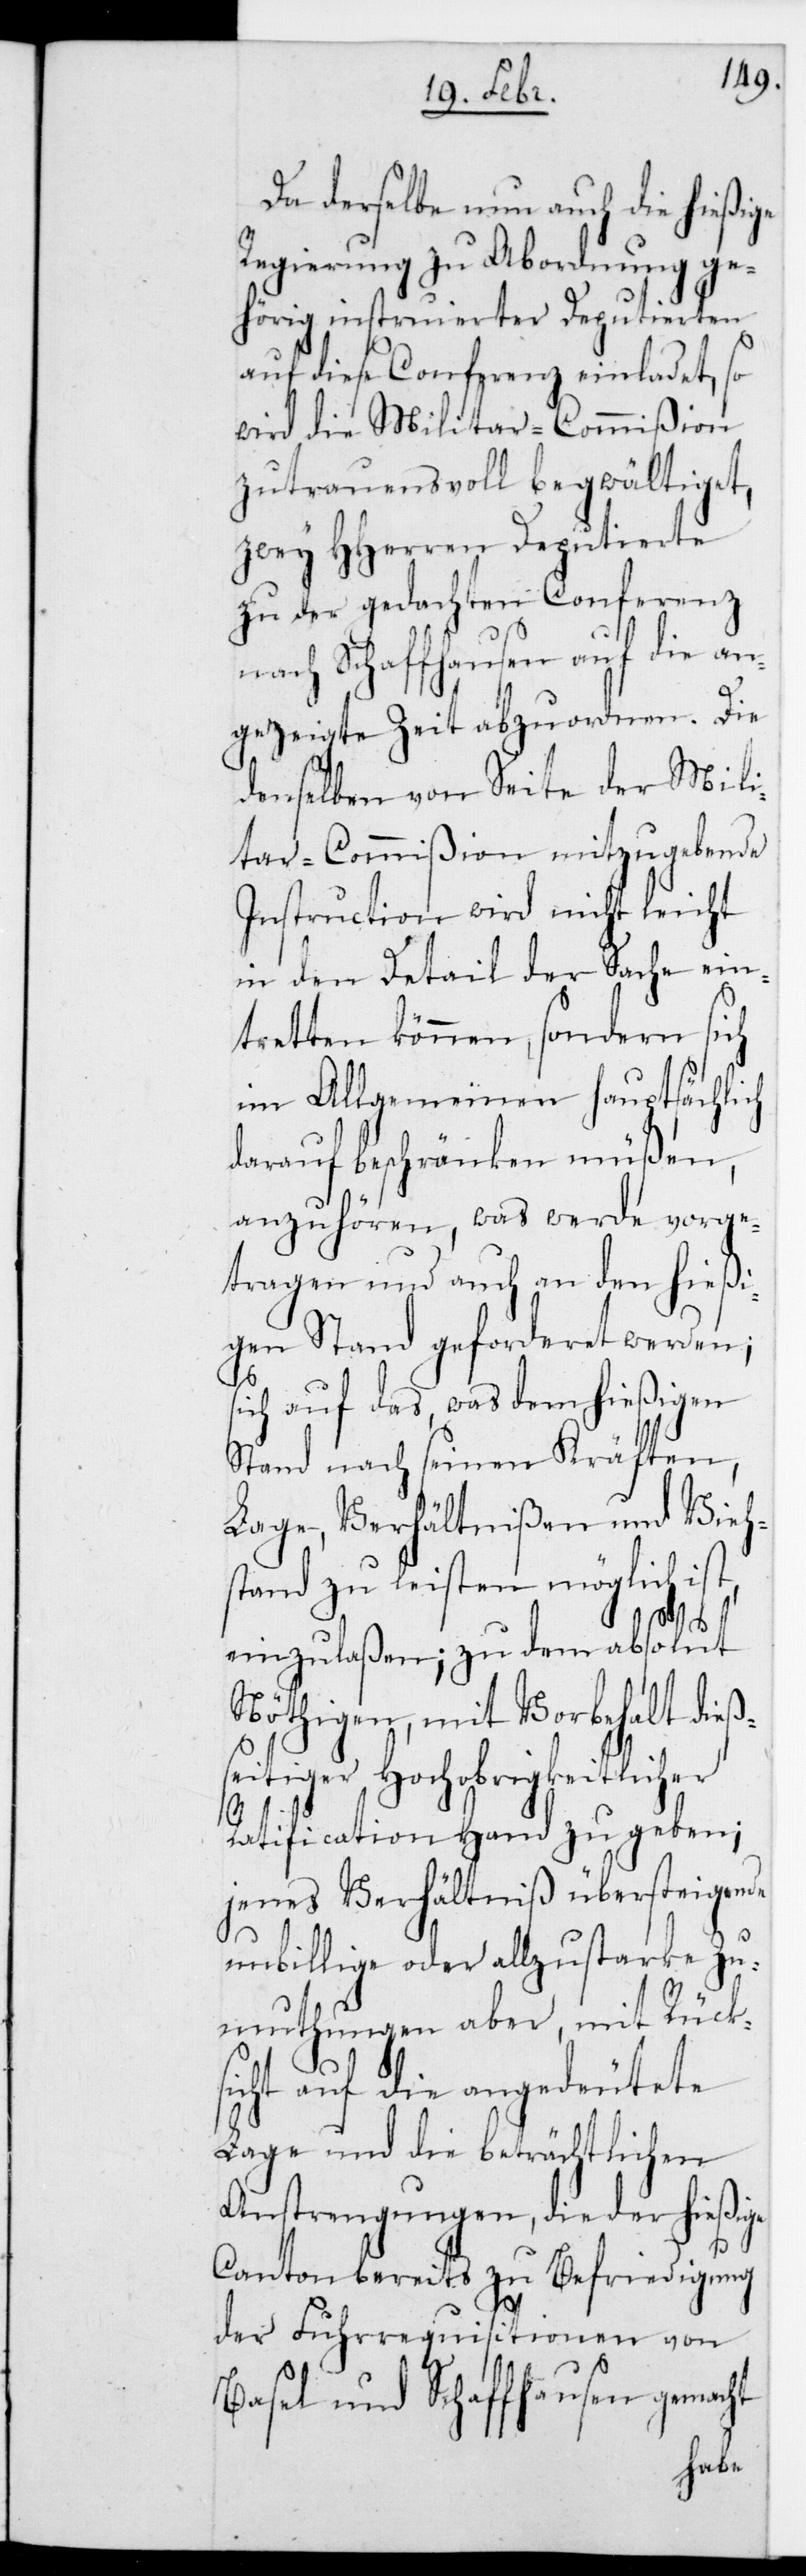
Da derselbe nun auch die hießige
Regierung zu Abordnung ge¬
hörig instruierter Deputierten
auf diese Conferenz einladet, so
wird die Militar-Commißion
zutrauensvoll begwältiget,
zwey HHerren Deputierte
zu der gedachten Conferenz
nach Schaffhausen auf die an¬
gezeigte Zeit abzuordnen. Die
denselben von Seite der Mili¬
tar-Commißion mitzugebende
Instruction wird nicht leicht
in den Detail der Sache ein¬
tretten können, sondern sich
im Allgemeinen hauptsächlich
darauf beschränken müßen,
anzuhören, was werde vorge¬
tragen und auch an den hießi¬
gen Stand geforderet werden;
sich auf das, was dem hießigen
Stand nach seinen Kräften,
Lage, Verhältnißen und Vieh¬
stand zu leisten möglich ist,
einzulaßen; zu dem absolut
Nöthigen, mit Vorbehalt dieß¬
eitiger Hochobrigkeitlicher
Ratification Hand zu geben;
jenes Verhältniß übersteigende
unbillige oder allzu starke Zu¬
mutungen aber, mit Rück¬
sicht auf die angedeutete
Lage und die beträchtlichen
Anstrengungen, die der hießige
Canton bereits zu Befriedigung
der Fuhrrequisitionen von
Basel und Schaffhausen gemacht